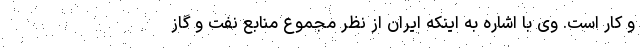
و کار است. وی با اشاره به اینکه ایران از نظر مجموع منابع نفت و گاز